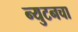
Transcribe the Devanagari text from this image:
न्युटनचा